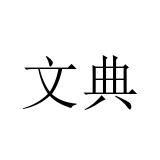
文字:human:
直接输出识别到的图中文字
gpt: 文典